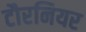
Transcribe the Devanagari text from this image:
टौरनियर